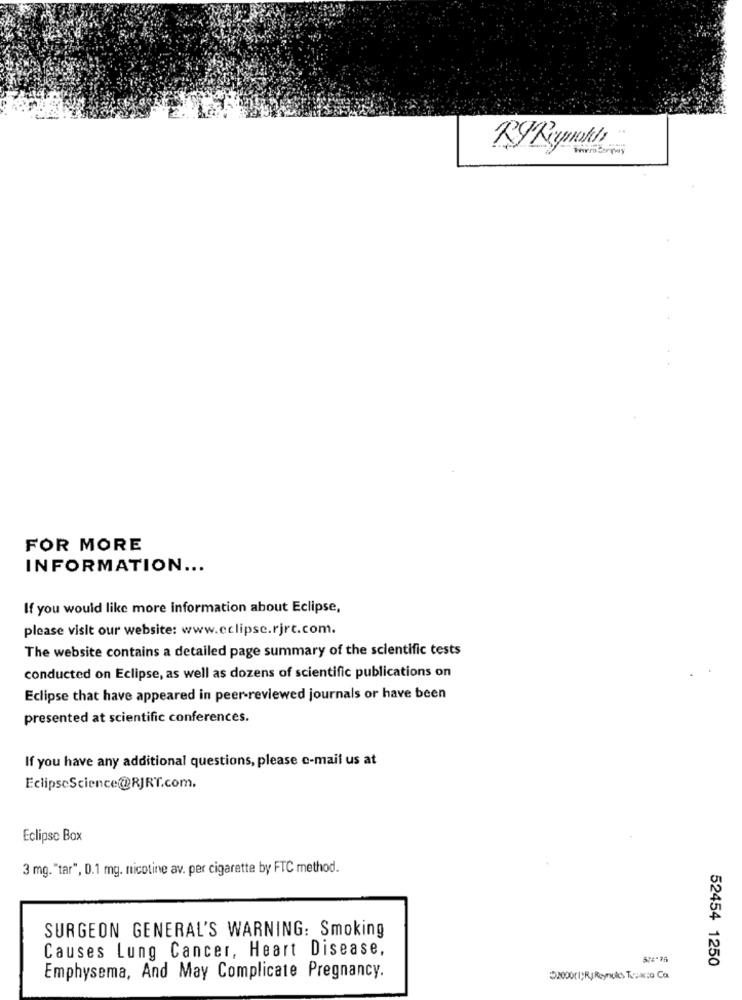
KYRymikly
FOR MORE
INFORMATION ...
If you would like more information about Eclipse,
please visit our website: www.eclipse.rjrt.com.
The website contains a detailed page summary of the scientific tests
conducted on Eclipse, as well as dozens of scientific publications on
Eclipse that have appeared in peer-reviewed journals or have been
presented at scientific conferences.
If you have any additional questions, please c-mail us at
EclipseScience@RJRT.com.
Eclipse Box
3 mg. "tar", 0.1 mg. nicotine av. per cigarette by FTC method.
SURGEON GENERAL'S WARNING: Smoking
Causes Lung Cancer, Heart Disease,
52454 1250
Emphysema, And May Complicate Pregnancy.